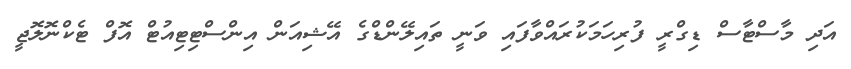
އަދި މާސްޓާސް ޑިގްރީ ފުރިހަމަކުރައްވާފައި ވަނީ ތައިލޭންޑްގެ އޭޝިއަން އިންސްޓިޓިއުޓް އޮފް ޓެކްނޮލޮޖީ